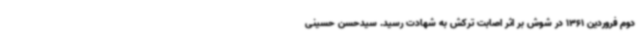
دوم فروردین 1361 در شوش بر اثر اصابت ترکش به شهادت رسید. سیدحسن حسینی